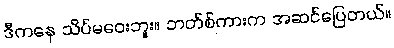
ဒီကနေ သိပ်မဝေးဘူး။ ဘတ်စ်ကားက အဆင်ပြေတယ်။